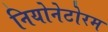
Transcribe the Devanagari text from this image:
नियोनेटोरम